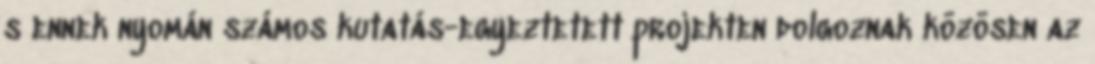
s ennek nyomán számos kutatás-egyeztetett projekten dolgoznak közösen az